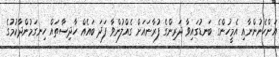
އަންހެނުންނާއި އެމީހުންގެ ބަނޑުގައިވާ ދަރިންގެ ފުރާނައަށް ގެއްލުންވާ ފަދަ ބައެއް ހާދިސާތައް ހިނގަމުންދާކުމުގެ